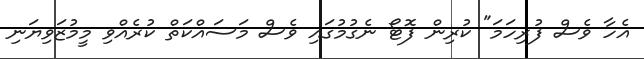
އެހާ ވެސް ފުރިހަމަ" ކުރިން ފޮޓޯ ނެގުމުގައި ވެސް މަސައްކަތް ކުރެއްވި މީމުޒަވިޔަނި